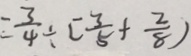
= \frac { 3 } { 4 } \div [ \frac { 3 } { 5 } + \frac { 2 } { 8 } ]